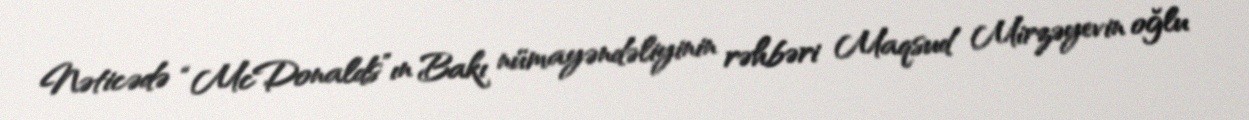
Nəticədə “McDonalds”ın Bakı nümayəndəliyinin rəhbəri Maqsud Mirzəyevin oğlu